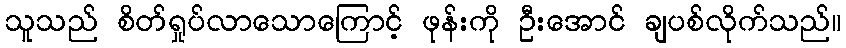
သူသည် စိတ်ရှုပ်လာသောကြောင့် ဖုန်းကို ဦးအောင် ချပစ်လိုက်သည်။